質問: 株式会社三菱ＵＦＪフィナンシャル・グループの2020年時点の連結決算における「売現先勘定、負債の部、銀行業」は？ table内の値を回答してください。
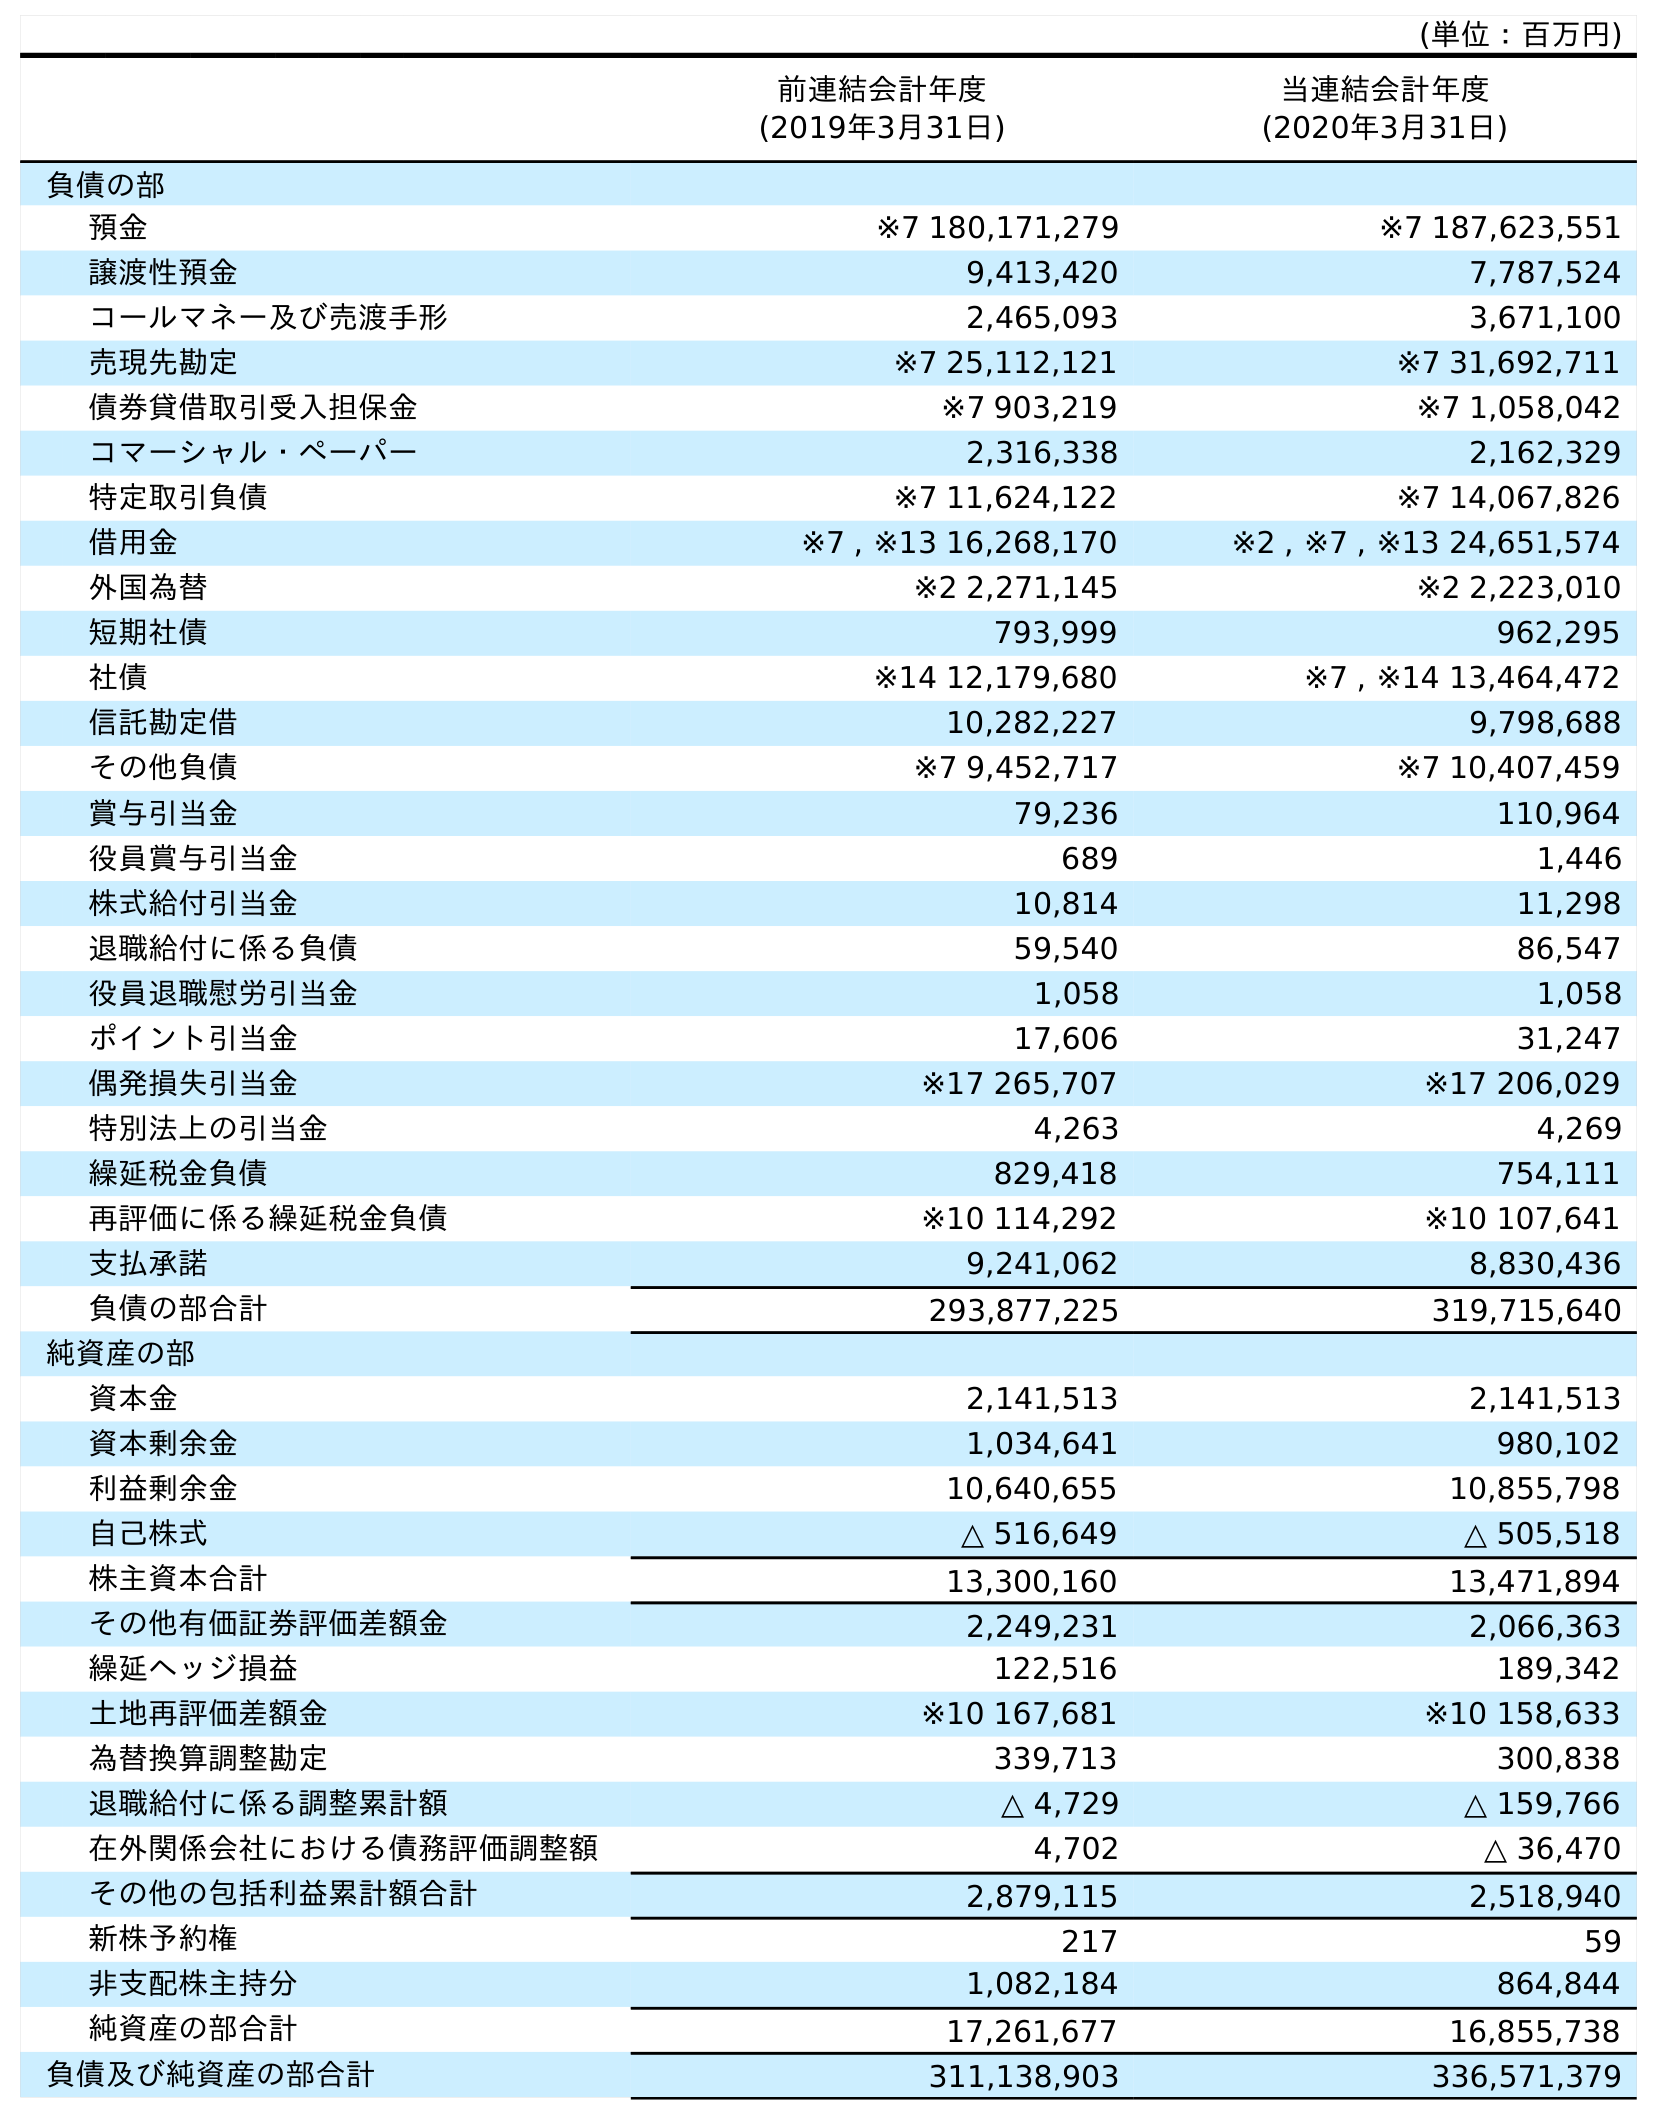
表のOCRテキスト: (単位：百万円) 前連結会計年度 (2019年3月31日) 当連結会計年度 (2020年3月31日) 負債の部 預金 ※7 180,171,279 ※7 187,623,551 譲渡性預金 9,413,420 7,787,524 コールマネー及び売渡手形 2,465,093 3,671,100 売現先勘定 ※7 25,112,121 ※7 31,692,711 債券貸借取引受入担保金 ※7 903,219 ※7 1,058,042 コマーシャル・ペーパー 2,316,338 2,162,329 特定取引負債 ※7 11,624,122 ※7 14,067,826 借用金 ※7 , ※13 16,268,170 ※2 , ※7 , ※13 24,651,574 外国為替 ※2 2,271,145 ※2 2,223,010 短期社債 793,999 962,295 社債 ※14 12,179,680 ※7 , ※14 13,464,472 信託勘定借 10,282,227 9,798,688 その他負債 ※7 9,452,717 ※7 10,407,459 賞与引当金 79,236 110,964 役員賞与引当金 689 1,446 株式給付引当金 10,814 11,298 退職給付に係る負債 59,540 86,547 役員退職慰労引当金 1,058 1,058 ポイント引当金 17,606 31,247 偶発損失引当金 ※17 265,707 ※17 206,029 特別法上の引当金 4,263 4,269 繰延税金負債 829,418 754,111 再評価に係る繰延税金負債 ※10 114,292 ※10 107,641 支払承諾 9,241,062 8,830,436 負債の部合計 293,877,225 319,715,640 純資産の部 資本金 2,141,513 2,141,513 資本剰余金 1,034,641 980,102 利益剰余金 10,640,655 10,855,798 自己株式 △ 516,649 △ 505,518 株主資本合計 13,300,160 13,471,894 その他有価証券評価差額金 2,249,231 2,066,363 繰延ヘッジ損益 122,516 189,342 土地再評価差額金 ※10 167,681 ※10 158,633 為替換算調整勘定 339,713 300,838 退職給付に係る調整累計額 △ 4,729 △ 159,766 在外関係会社における債務評価調整額 4,702 △ 36,470 その他の包括利益累計額合計 2,879,115 2,518,940 新株予約権 217 59 非支配株主持分 1,082,184 864,844 純資産の部合計 17,261,677 16,855,738 負債及び純資産の部合計 311,138,903 336,571,379
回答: ※731,692,711